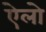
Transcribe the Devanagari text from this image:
ऐलो